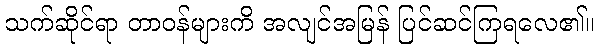
သက်ဆိုင်ရာ တာဝန်များကိ အလျင်အမြန် ပြင်ဆင်ကြရလေ၏။